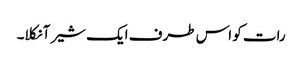
رات کو اس طرف ایک شیر آ نکلا۔